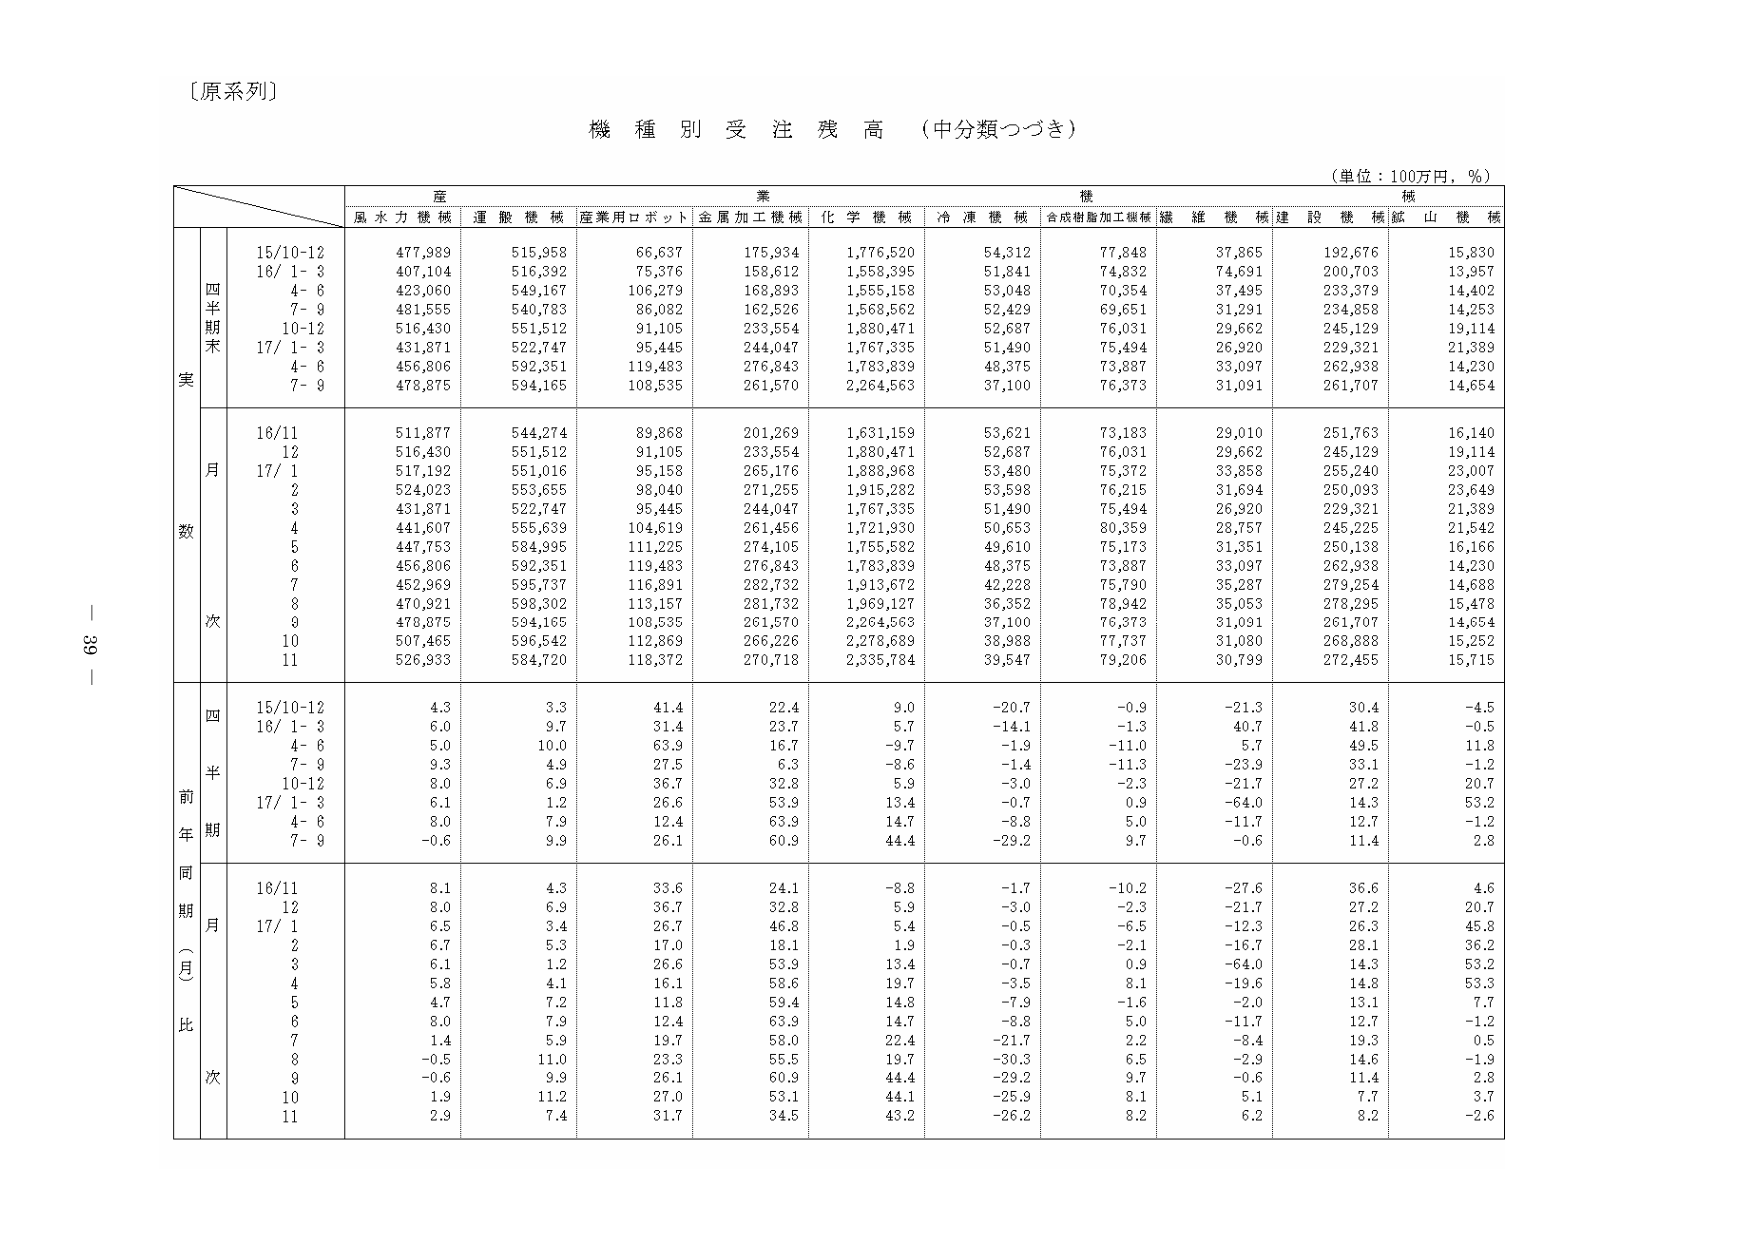
〔原系列〕

機種別受注残高（中分類つづき）

（単位：100万円，％）